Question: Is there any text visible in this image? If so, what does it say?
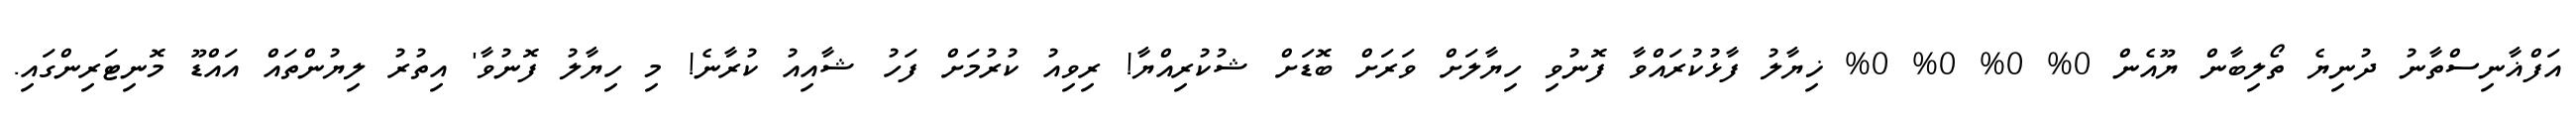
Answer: އަފްޣާނިސްތާނު ދުނިޔެ ތޯލިބާން ޔޫއެން 0% 0% 0% 0% ޚިޔާލު ފާޅުކުރައްވާ ފޮނުވި ހިޔާލަށް ވަރަށް ބޮޑަށް ޝުކުރިއްޔާ! ރިވިއު ކުރުމަށް ފަހު ޝާއިއު ކުރާނެ! މި ހިޔާލު ފޮނުވާ' އިތުރު ލިޔުންތައް އައްޑޫ މޮނިޓަރިންގައި.